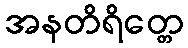
အနတိရိတ္တေ